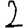
Digit: 2